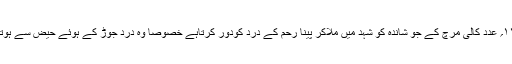
(۲) ۱۱؍ عدد کالی مرچ کے جو شاندہ کو شہد میں ملاکر پینا رحم کے درد کودور کرتاہے خصوصاً وہ درد جوڑ کے ہوئے حیض سے ہوتا ہے۔